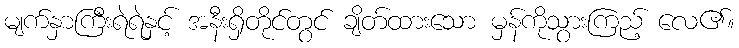
မျက်နှာကြီးရဲရဲနှင့် အနီးရှိတိုင်တွင် ချိတ်ထားသော မှန်ကိုသွားကြည့် လေ၏။